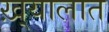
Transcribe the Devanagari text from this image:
ख़्यालात